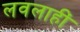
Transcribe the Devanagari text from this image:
लवलाहीं